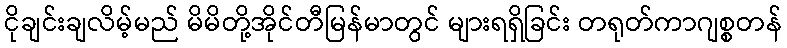
ငိုချင်းချလိမ့်မည် မိမိတို့အိုင်တီမြန်မာတွင် များရရှိခြင်း တရုတ်ကာဂျစ္စတန်